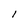
Character: 1